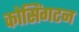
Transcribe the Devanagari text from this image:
कोसिंगटन